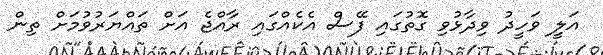
އަލީ ވަހީދު ވިދާޅުވި ގޮތުގައި ފޭސް އެކެއްގައި ރާއްޖެ އަށް ތައްޔަރުވުމަށް ތިން